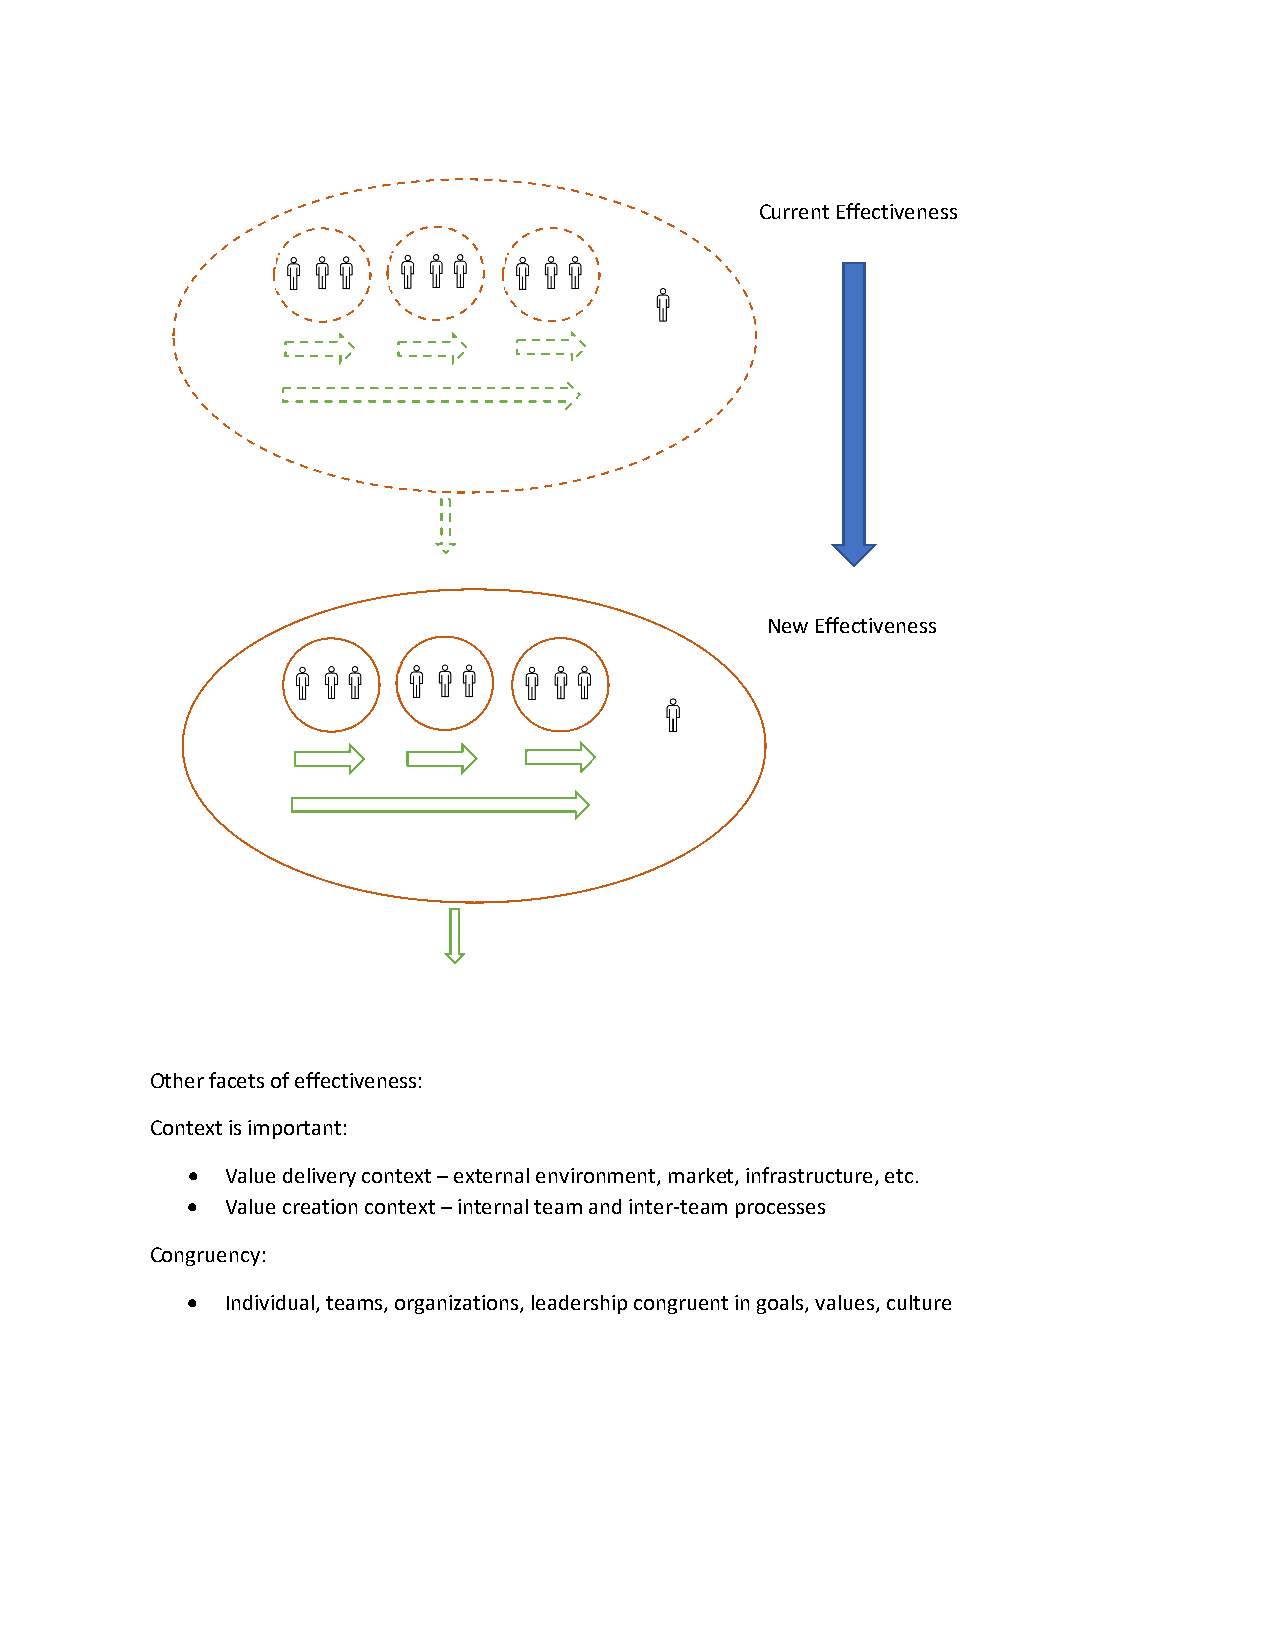
Current Effectiveness
 New Effectiveness
 Other facets of effectiveness:
 Context is important:
   Value delivery context – external environment, market, infrastructure, etc.
   Value creation context – internal team and inter-team processes
 Congruency:
   Individual, teams, organizations, leadership congruent in goals, values, culture